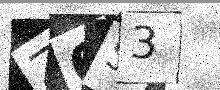
Text: Z0S3